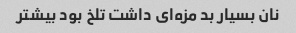
نان بسیار بد مزه‌ای داشت تلخ بود بیشتر